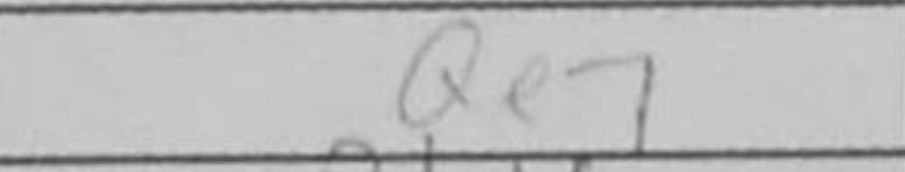
Transcription: Qe7